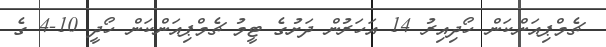
ޗެމްޕިއަންކަން ހޯދިއިރު 14 އަހަރުން ދަށުގެ ޓީމު ޗެމްޕިއަންކަން ހޯދީ 10-4 ގެ